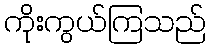
ကိုးကွယ်ကြသည်